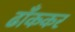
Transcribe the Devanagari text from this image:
ढाँककर